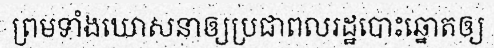
ព្រមទាំងឃោសនាឲ្យប្រជាពលរដ្ឋបោះឆ្នោតឲ្យ